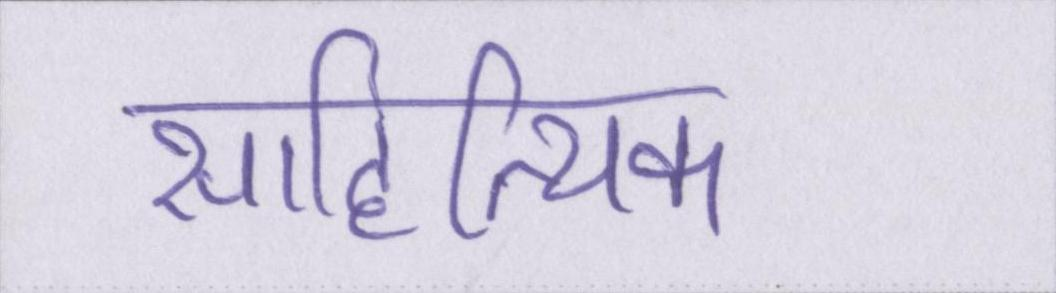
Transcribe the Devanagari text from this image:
साहित्यिक